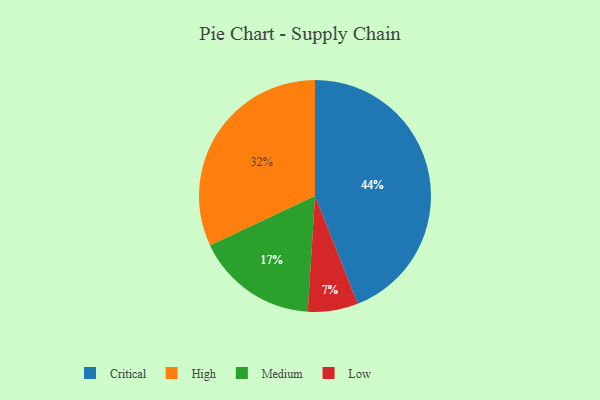
{"axis": {"x": "Category", "y": "Percentage"}, "legend": ["Critical", "High", "Low", "Medium"], "data": [{"x": "High", "y": 32, "type": "High"}, {"x": "Critical", "y": 44, "type": "Critical"}, {"x": "Low", "y": 7, "type": "Low"}, {"x": "Medium", "y": 17, "type": "Medium"}]}